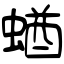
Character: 蝤